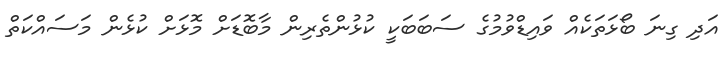
އަދި ގިނަ ބޯޅަތަކެއް ވައިޑްވުމުގެ ސަބަބަކީ ކުޅުންތެރިން މާބޮޑަށް މޮޅަށް ކުޅެން މަސައްކަތް